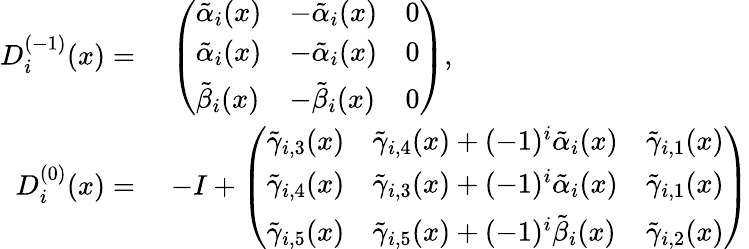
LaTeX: \begin{array}{rl}{D_{i}^{(-1)}(x)=}&{\; \left(\begin{array}{lll}{\tilde{\alpha}_{i}(x)}&{-\tilde{\alpha}_{i}(x)}&{0}\\ {\tilde{\alpha}_{i}(x)}&{-\tilde{\alpha}_{i}(x)}&{0}\\ {\tilde{\beta}_{i}(x)}&{-\tilde{\beta}_{i}(x)}&{0}\end{array}\right),}\\ {D_{i}^{(0)}(x)=}&{\; -I+\left(\begin{array}{lll}{\tilde{\gamma}_{i,3}(x)}&{\tilde{\gamma}_{i,4}(x)+(-1)^{i}\tilde{\alpha}_{i}(x)}&{\tilde{\gamma}_{i,1}(x)}\\ {\tilde{\gamma}_{i,4}(x)}&{\tilde{\gamma}_{i,3}(x)+(-1)^{i}\tilde{\alpha}_{i}(x)}&{\tilde{\gamma}_{i,1}(x)}\\ {\tilde{\gamma}_{i,5}(x)}&{\tilde{\gamma}_{i,5}(x)+(-1)^{i}\tilde{\beta}_{i}(x)}&{\tilde{\gamma}_{i,2}(x)}\end{array}\right)}\end{array}